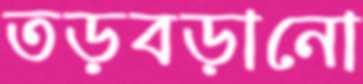
তড়বড়ানো